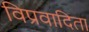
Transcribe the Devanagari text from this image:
विप्रवादिता